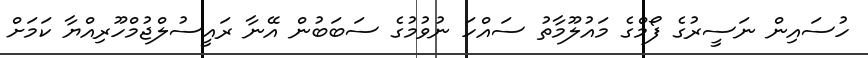
ހުސައިން ނަސީރުގެ ފޯމްގެ މައުލޫމާތު ސައްހަ ނުވުމުގެ ސަބަބުން އޭނާ ރައީސުލްޖުމްހޫރިއްޔާ ކަމަށް